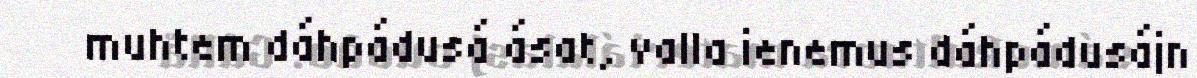
muhtem dáhpádusá ásat, valla ienemus dáhpádusájn